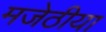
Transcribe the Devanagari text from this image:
मजेठीया